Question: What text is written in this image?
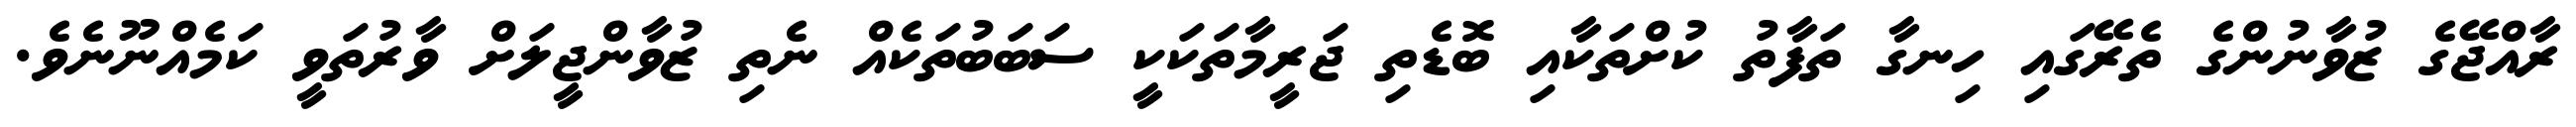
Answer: ރާއްޖޭގެ ޒުވާނުންގެ ތެރޭގައި ހިނގާ ތަފާތު ކުށްތަކާއި ބޮޑެތި ޖަރީމާތަކަކީ ސަބަބުތަކެއް ނެތި ޒުވާންޖީލަށް ވާރުތަވީ ކަމެއްނޫނެވެ.